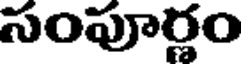
సంపూర్ణం